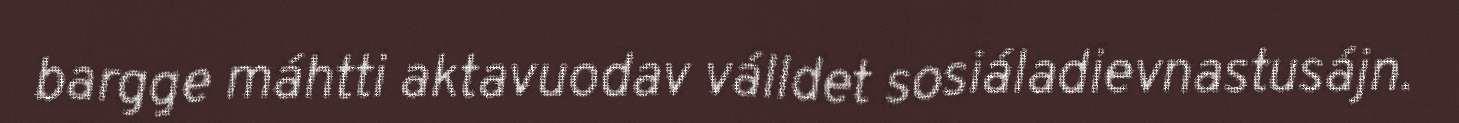
bargge máhtti aktavuodav válldet sosiáladievnastusájn.